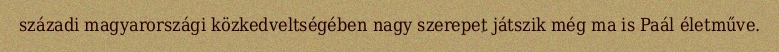
századi magyarországi közkedveltségében nagy szerepet játszik még ma is Paál életműve.